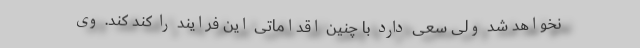
نخواهد شد ولی سعی دارد با چنین اقداماتی این فرایند را کند کند. وی